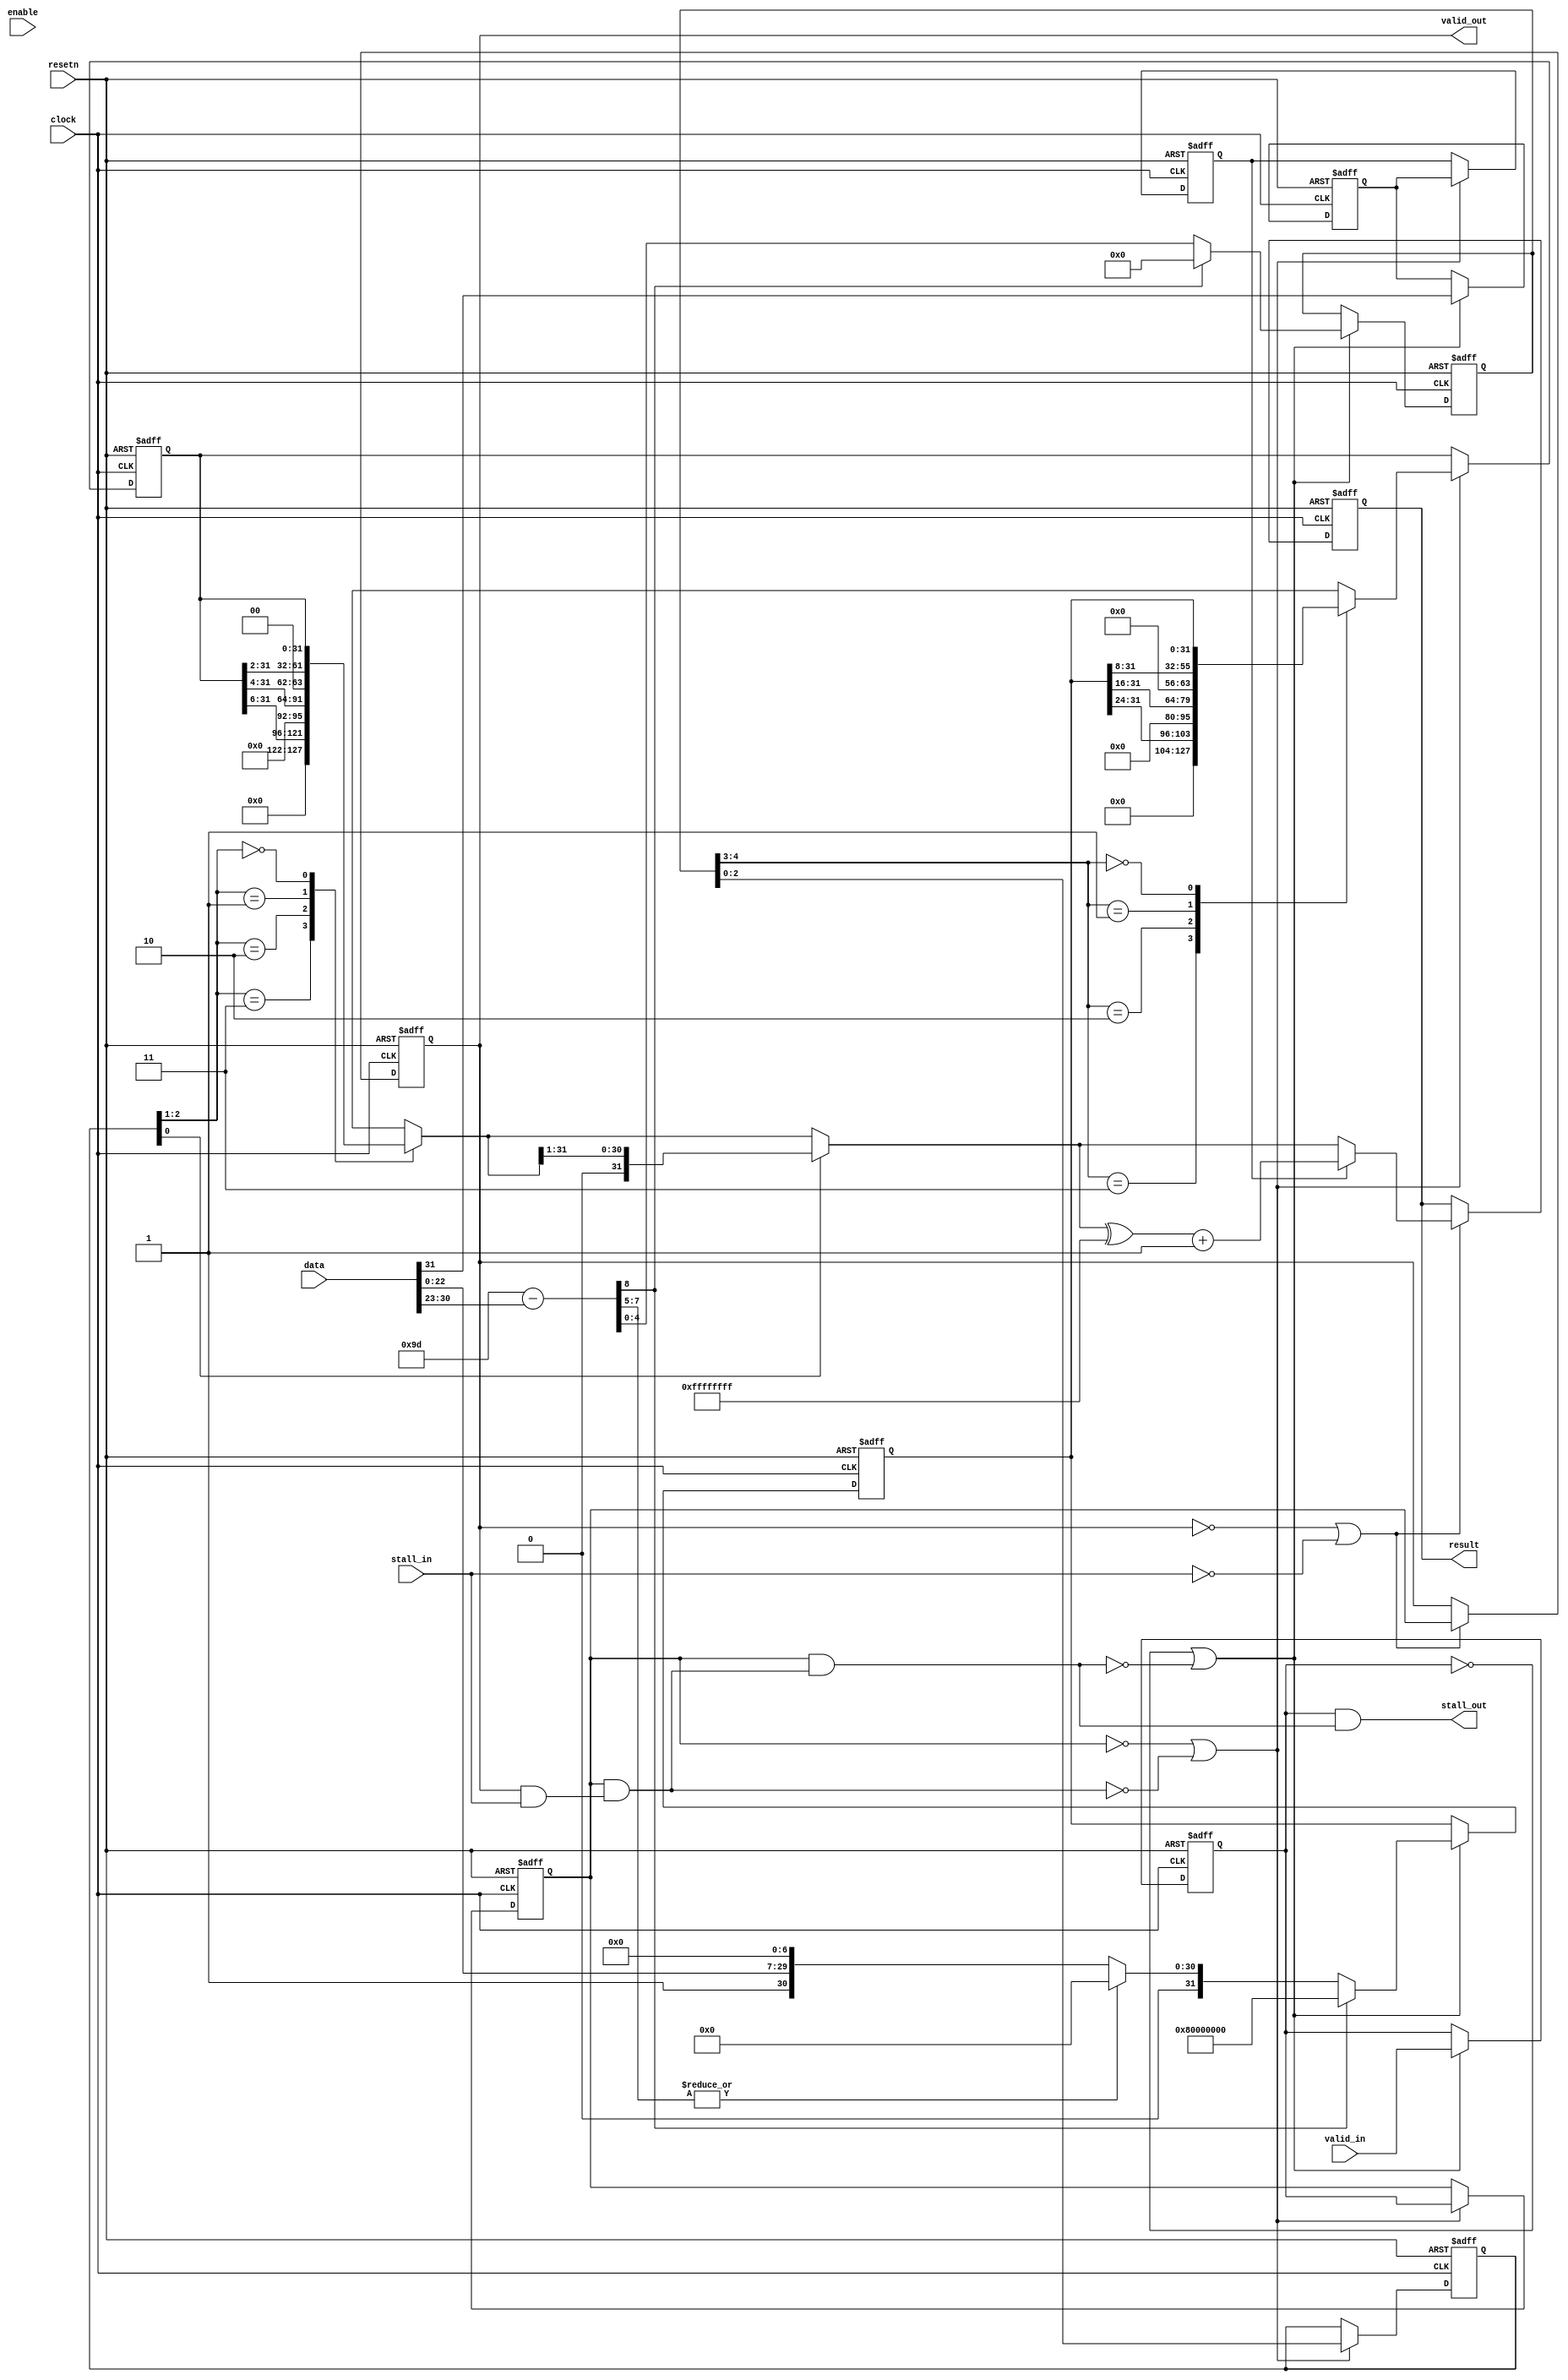
module acl_fp_custom_fptoint(clock, resetn, data, result, valid_in, valid_out, stall_in, stall_out, enable);

  input clock, resetn;
  input [31:0] data;
  output [31:0] result;
  input valid_in, stall_in, enable;
  output valid_out, stall_out;
  
  parameter HIGH_CAPACITY = 1;
  parameter HIGH_LATENCY = 0;
  parameter SIGNED_INT = 1;
  
  // Cycle 1 - Determine how much to shift data by.
  reg [4:0] c1_shift;
  reg [31:0] c1_integer;
  reg c1_sign;
  reg c1_valid;
  reg [8:0] c1_exp_diff;

  wire c1_stall;  
  wire c1_enable = (HIGH_CAPACITY == 1) ? (~c1_valid | ~c1_stall) : enable;
  assign stall_out = c1_valid & c1_stall;
  
  always@(*)
    if (SIGNED_INT == 1)
       c1_exp_diff = 9'd157 - {1'b0, data[30:23]};
    else
       c1_exp_diff = 9'd158 - {1'b0, data[30:23]};
  
  always@(posedge clock or negedge resetn)
  begin
    if (~resetn)
    begin
      c1_valid <= 1'b0;
      c1_shift <= 5'dx;
      c1_integer <= 32'dx;
      c1_sign <= 1'bx;      
    end
    else if (c1_enable)
    begin
      c1_valid <= valid_in;
      c1_shift <= c1_exp_diff[8] ? 5'd0 : c1_exp_diff[4:0];
        
      if (SIGNED_INT == 1)
      begin
        if (c1_exp_diff[8]) // Maximum value as returned by CPU. Note that for +/-infinity it returns a maximum negative number.
          c1_integer <= 32'h80000000;
        else if (|c1_exp_diff[7:5])
          c1_integer <= 32'd0;
        else
          c1_integer <= {1'b0, 1'b1, data[22:0], 7'd0};
      end
      else
      begin
        if (&data[30:23])
        begin
          // For unsigned values, the result of an infinity is zero on a CPU (both for positive and negative inf).
          c1_integer <= 32'd0;
        end
        else if (c1_exp_diff[8])
        begin
          // For unsigned values, set the maximum value to 0xffffffff, although the behaviour outside of representable range is not specified.
          c1_integer <= 32'hffffffff;
        end
        else if (|c1_exp_diff[7:5])
          c1_integer <= 32'd00000000;
        else
          c1_integer <= {1'b1, data[22:0], 8'd0};
      end
      c1_sign <= data[31];      
    end
  end
  
  // Cycle 2 - shift by 24, 16, 8, or 0 to the right.
  reg [2:0] c2_shift;
  reg [31:0] c2_integer;
  reg c2_sign;
  reg c2_valid;  
  wire c2_stall;  
  wire c2_enable = (HIGH_CAPACITY == 1) ? (~c2_valid | ~c2_stall) : enable;
  assign c1_stall = c2_valid & c2_stall;
  
  always@(posedge clock or negedge resetn)
  begin
    if (~resetn)
    begin
      c2_valid <= 1'b0;
      c2_shift <= 3'dx;
      c2_integer <= 32'dx;
      c2_sign <= 1'bx;      
    end
    else if (c2_enable)
    begin
      c2_valid <= c1_valid;
      c2_shift <= c1_shift[2:0];
      case(c1_shift[4:3])
        2'b11: c2_integer <= {24'd0, c1_integer[31:24]};
        2'b10: c2_integer <= {16'd0, c1_integer[31:16]};
        2'b01: c2_integer <= {8'd0, c1_integer[31:8]};
        2'b00: c2_integer <= c1_integer;
      endcase
      c2_sign <= c1_sign;      
    end
  end

  // Cycle 3 - shift by 6, 4, 2 or 0 to the right.
  reg c3_shift;
  reg [31:0] c3_integer;
  reg c3_sign;
  reg c3_valid;  
  wire c3_stall;  
  wire c3_enable = (HIGH_CAPACITY == 1) ? (~c3_valid | ~c3_stall) : enable;
  assign c2_stall = c3_valid & c3_stall;
  
  generate
  if (HIGH_LATENCY == 1)
  begin
    always@(posedge clock or negedge resetn)
    begin
      if (~resetn)
      begin
        c3_valid <= 1'b0;
        c3_shift <= 1'dx;
        c3_integer <= 32'dx;
        c3_sign <= 1'bx;      
      end
      else if (c3_enable)
      begin
        c3_valid <= c2_valid;
        c3_shift <= c2_shift[0];
        case(c2_shift[2:1])
          2'b11: c3_integer <= {6'd0, c2_integer[31:6]};
          2'b10: c3_integer <= {4'd0, c2_integer[31:4]};
          2'b01: c3_integer <= {2'd0, c2_integer[31:2]};
          2'b00: c3_integer <= c2_integer;
        endcase
        c3_sign <= c2_sign;      
      end
    end
  end
  else
  begin
    always@(*)
    begin
      c3_valid <= c2_valid;
      c3_shift <= c2_shift[0];
      case(c2_shift[2:1])
        2'b11: c3_integer <= {6'd0, c2_integer[31:6]};
        2'b10: c3_integer <= {4'd0, c2_integer[31:4]};
        2'b01: c3_integer <= {2'd0, c2_integer[31:2]};
        2'b00: c3_integer <= c2_integer;
      endcase
      c3_sign <= c2_sign;      
    end  
  end
  endgenerate

  // Cycle 4 - shift by 1 or 0 to the right. Also, account for the sign in the signed mode.
  reg [31:0] c4_integer;
  reg c4_valid;  
  wire c4_stall;  
  wire c4_enable = (HIGH_CAPACITY == 1) ? (~c4_valid | ~c4_stall) : enable;
  assign c3_stall = c4_valid & c4_stall;
  reg [31:0] c4_intermediate;
  
  always@(*)
  begin
    if (c3_shift)
      c4_intermediate = {1'b0, c3_integer[31:1]};
    else
      c4_intermediate = c3_integer;
  end
      
  always@(posedge clock or negedge resetn)
  begin
    if (~resetn)
    begin
      c4_valid <= 1'b0;
      c4_integer <= 32'dx;
    end
    else if (c4_enable)
    begin
      c4_valid <= c3_valid;
      if (c3_sign)
        c4_integer <= (c4_intermediate ^ 32'hffffffff) + 1'b1;
      else
        c4_integer <= c4_intermediate;
    end
  end

  assign c4_stall = stall_in;
  assign valid_out = c4_valid;
  assign result = c4_integer;
endmodule